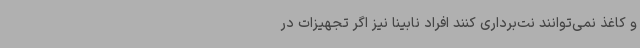
و کاغذ نمی‌توانند نت‌برداری کنند افراد نابینا نیز اگر تجهیزات در